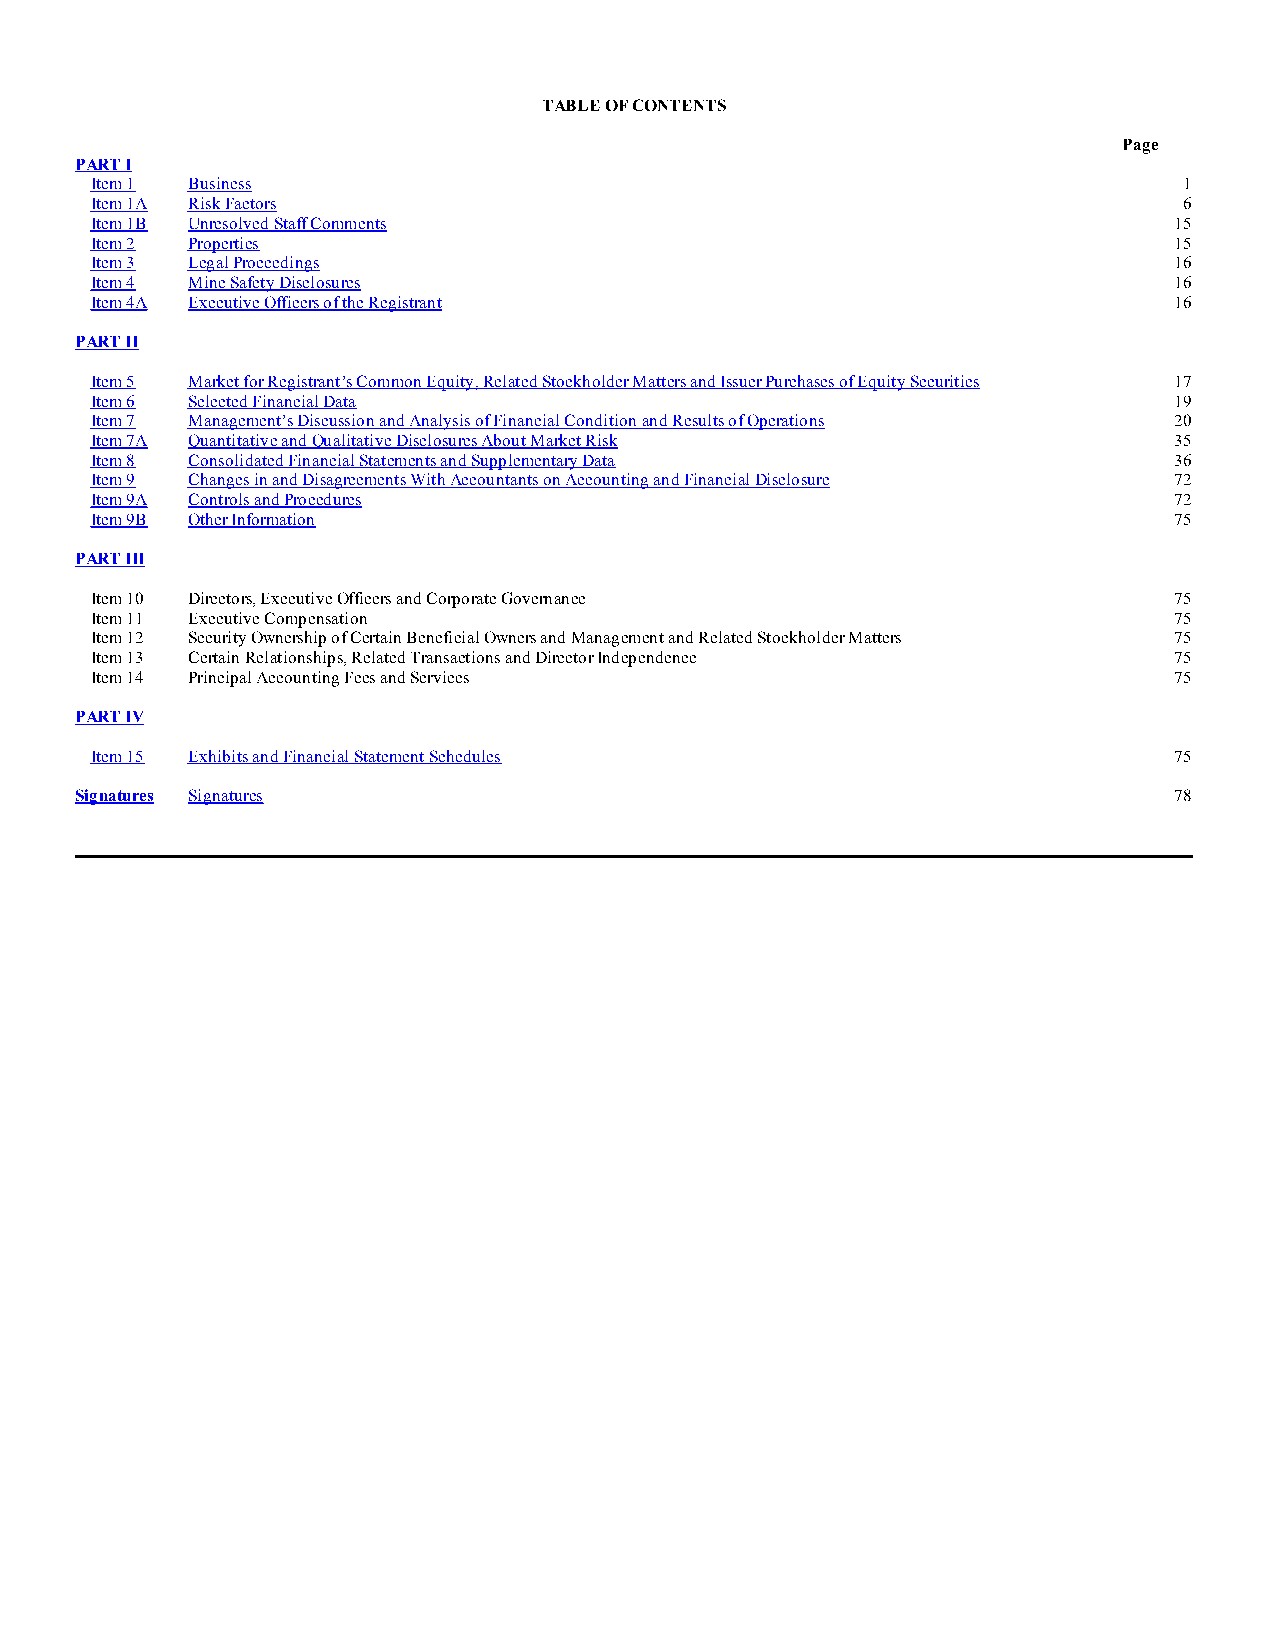
TABLE OF CONTENTS
 Page
 PART I
 Item 1 Business                                                         1
 Item 1A Risk Factors                                                    6
 Item 1B Unresolved Staff Comments                                       15
 Item 2 Properties                                                       15
 Item 3 Legal Proceedings                                                16
 Item 4 Mine Safety Disclosures                                          16
 Item 4A Executive Officers of the Registrant                            16
 PART II
 Item 5 Market for Registrant’s Common Equity, Related Stockholder Matters and Issuer Purchases of Equity Securities 17
 Item 6 Selected Financial Data                                          19
 Item 7 Management’s Discussion and Analysis of Financial Condition and Results of Operations 20
 Item 7A Quantitative and Qualitative Disclosures About Market Risk      35
 Item 8 Consolidated Financial Statements and Supplementary Data         36
 Item 9 Changes in and Disagreements With Accountants on Accounting and Financial Disclosure 72
 Item 9A Controls and Procedures                                         72
 Item 9B Other Information                                               75
 PART III
 Item 10 Directors, Executive Officers and Corporate Governance          75
 Item 11 Executive Compensation                                          75
 Item 12 Security Ownership of Certain Beneficial Owners and Management and Related Stockholder Matters 75
 Item 13 Certain Relationships, Related Transactions and Director Independence 75
 Item 14 Principal Accounting Fees and Services                          75
 PART IV
 Item 15 Exhibits and Financial Statement Schedules                      75
 Signatures Signatures                                                    78